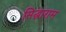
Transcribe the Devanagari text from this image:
सिद्धाराम